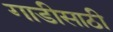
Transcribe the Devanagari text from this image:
गाडीसाठी